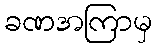
ခဏအကြာမှ